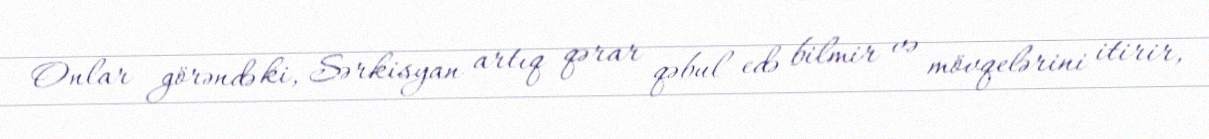
Onlar görəndə ki, Sərkisyan artıq qərar qəbul edə bilmir və mövqelərini itirir,